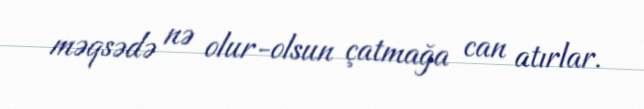
məqsədə nə olur-olsun çatmağa can atırlar.